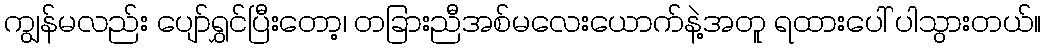
ကျွန်မလည်း ပျော်ရွှင်ပြီးတော့၊ တခြားညီအစ်မလေးယောက်နဲ့အတူ ရထားပေါ် ပါသွားတယ်။